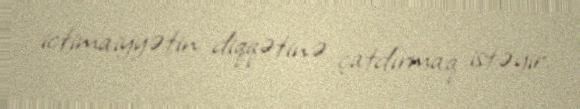
ictimaiyyətin diqqətinə çatdırmaq istəyir.